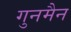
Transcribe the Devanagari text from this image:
गुनमैन